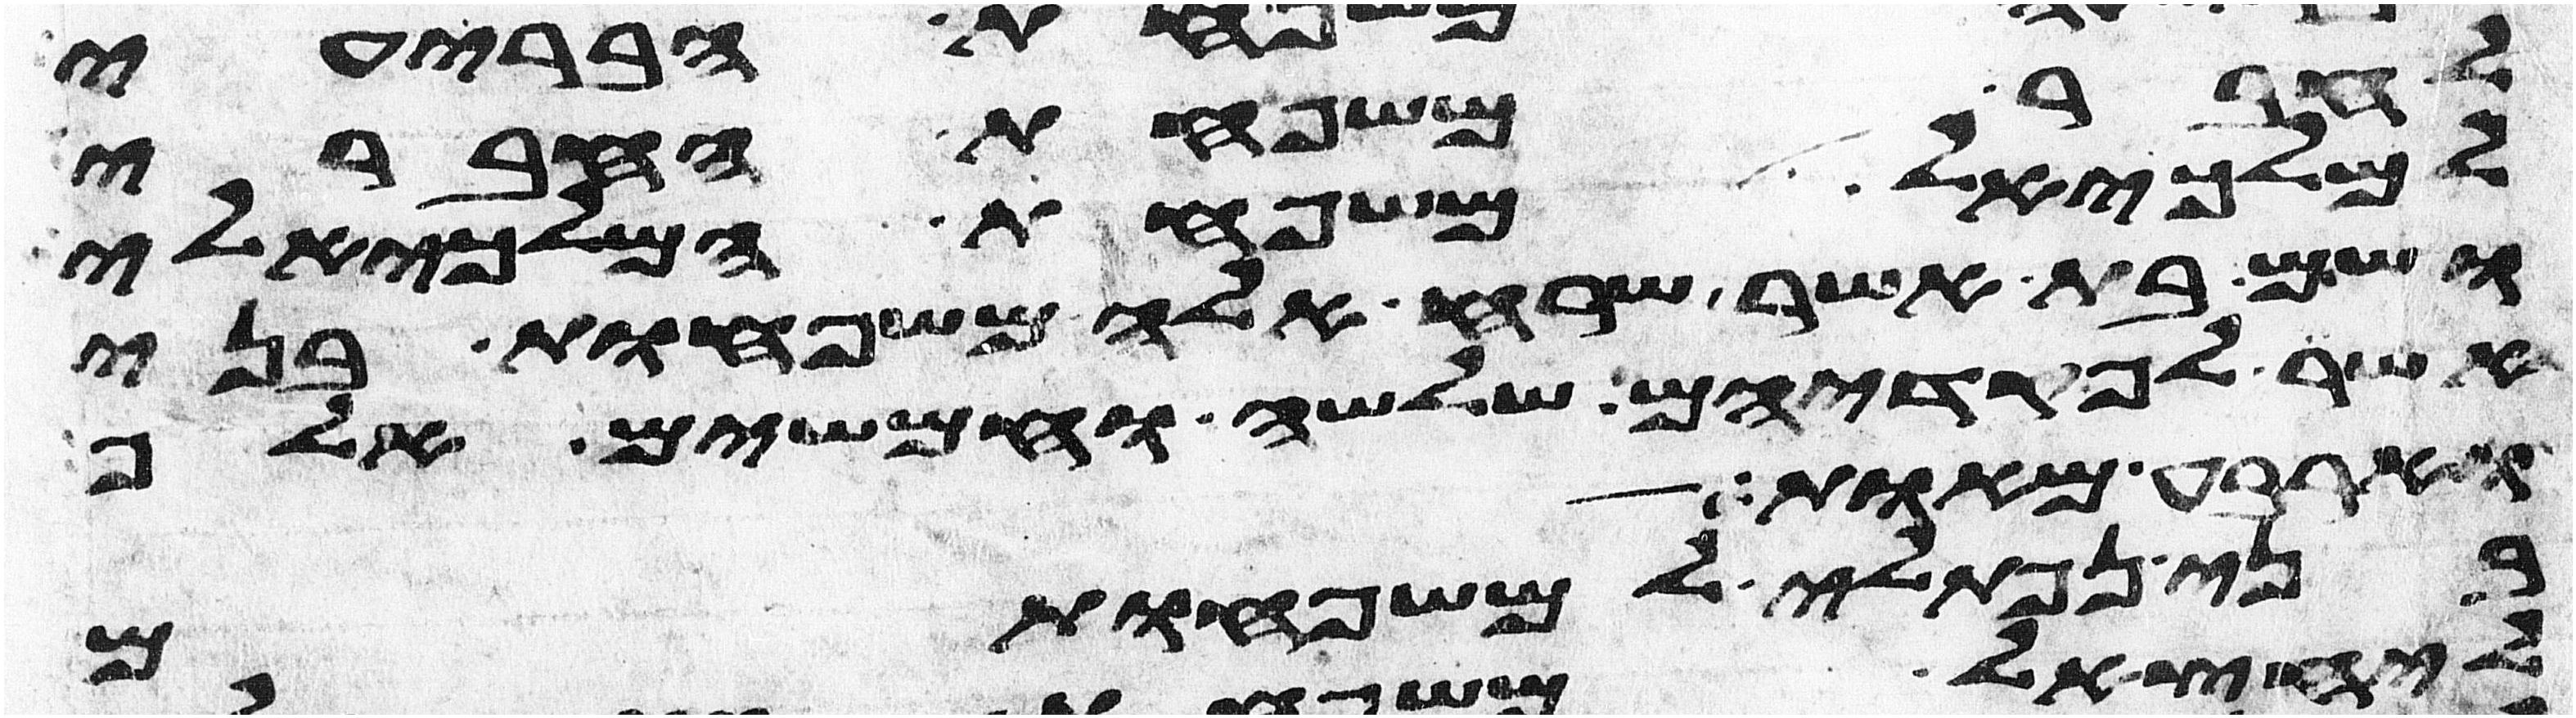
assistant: לחבר משפחת החברי
למלכיאל משפחת המלכיאלי
ושם בת אשר שרח אלה משפחות בני
אשר לפקדיהם שלשה וחמשים אלף
וארבע מאות
בני נפתלי למשפחותם